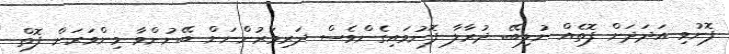
ފޮނުވި އަދަދަށް ފޮތެއް ނުލިބޭ. ދުރާލާ ފޮނުވައިގެންވެސް ދަރިވަރުންނަށް ބޭނުންވާ މިންވަރަށް ފޮތް